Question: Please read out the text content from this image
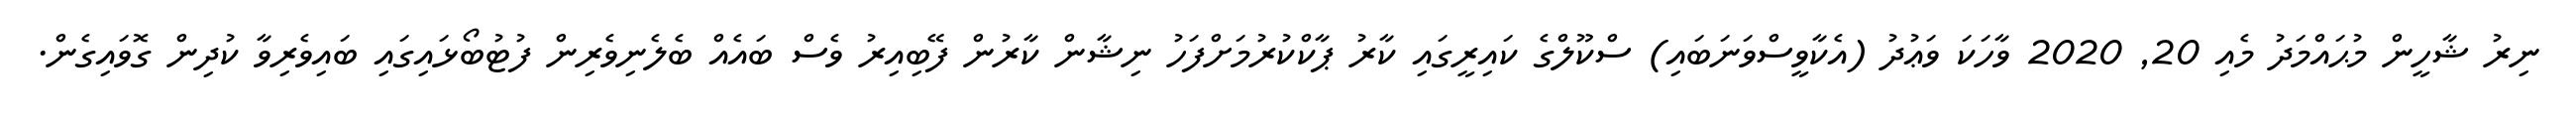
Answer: ނިރު ޝާހީން މުޙައްމަދު މެއި 20, 2020 ވާހަކަ ވަޢުދު (އެކާވީސްވަނަބައި) ސްކޫލްގެ ކައިރީގައި ކާރު ޕާކްކުރުމަށްފަހު ނިޝާން ކާރުން ފޭބިއިރު ވެސް ބައެއް ބެލެނިވެރިން ފުޓުބޯޅައިގައި ބައިވެރިވާ ކުދިން ގޮވައިގެން.